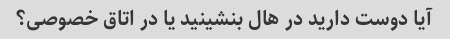
آیا دوست دارید در هال بنشینید یا در اتاق خصوصی؟